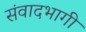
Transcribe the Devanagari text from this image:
संवादभागी